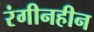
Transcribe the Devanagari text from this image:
रंगीनहीन